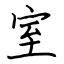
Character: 室